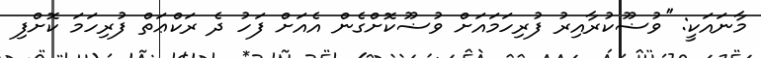
މާނައަކީ: ''ވުޟޫކުރާއިރު ފުރިހަމައަށް ވުޟޫކޮށްގެން އެއަށް ފަހު ދެ ރަކްޢަތް ފުރިހަމަ ކޮށްފި